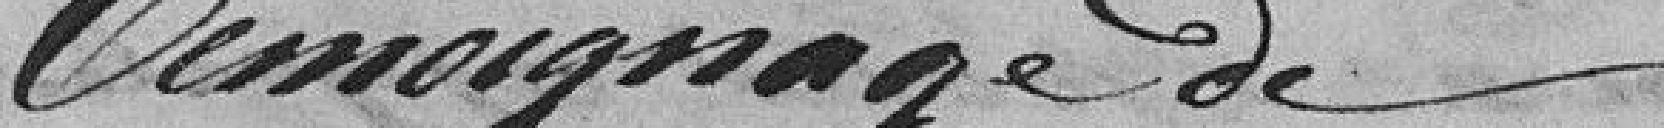
Témoignage de